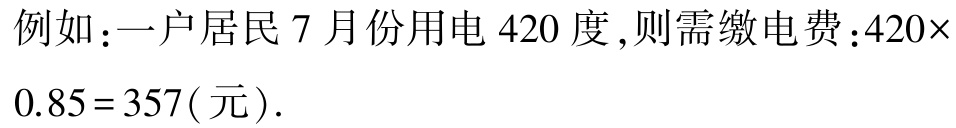
例如：一户居民 7 月份用电 420 度,则需缴电费：\(420\times0.85 = 357(\text{元})\).